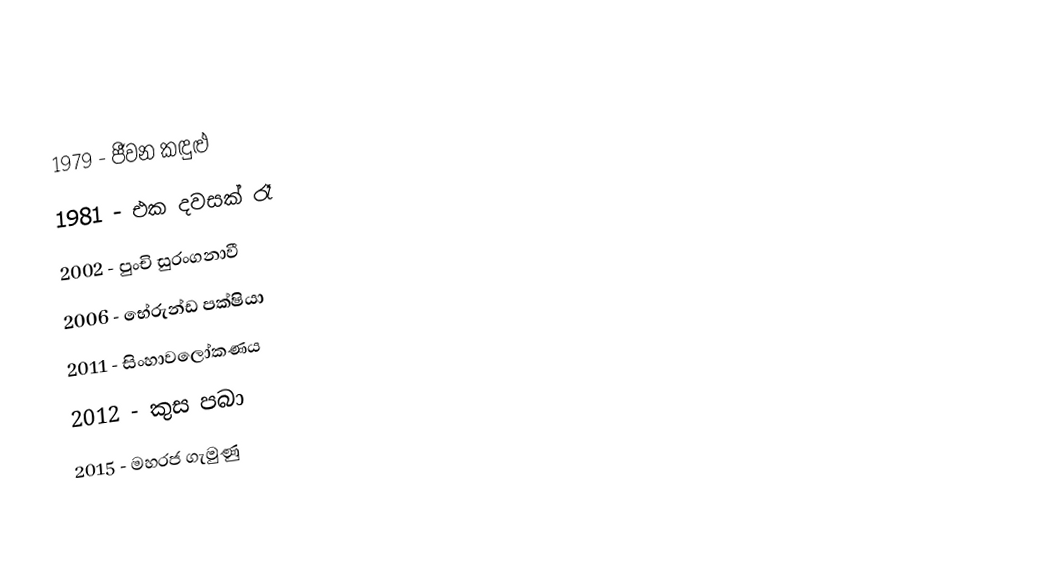
1979 - ජීවන කඳුළු
1981 - එක දවසක් රෑ
2002 - පුංචි සුරංගනාවී
2006 - භේරුන්ඩ පක්ෂියා
2011 - සිංහාවලෝකණය
2012 - කුස පබා
2015 - මහරජ ගැමුණු